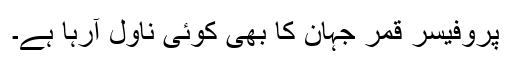
پروفیسر قمر جہان کا بھی کوئی ناول آرہا ہے۔